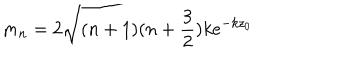
m _ { n } = 2 \sqrt { ( n + 1 ) ( n + \frac { 3 } { 2 } ) } k e ^ { - k z _ { 0 } }